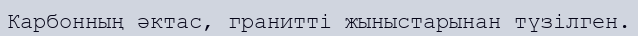
Карбонның әктас, гранитті жыныстарынан түзілген.